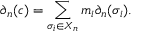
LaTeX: \partial _ { n } ( c ) = \sum _ { \sigma _ { i } \in X _ { n } } m _ { i } \partial _ { n } ( \sigma _ { i } ) .